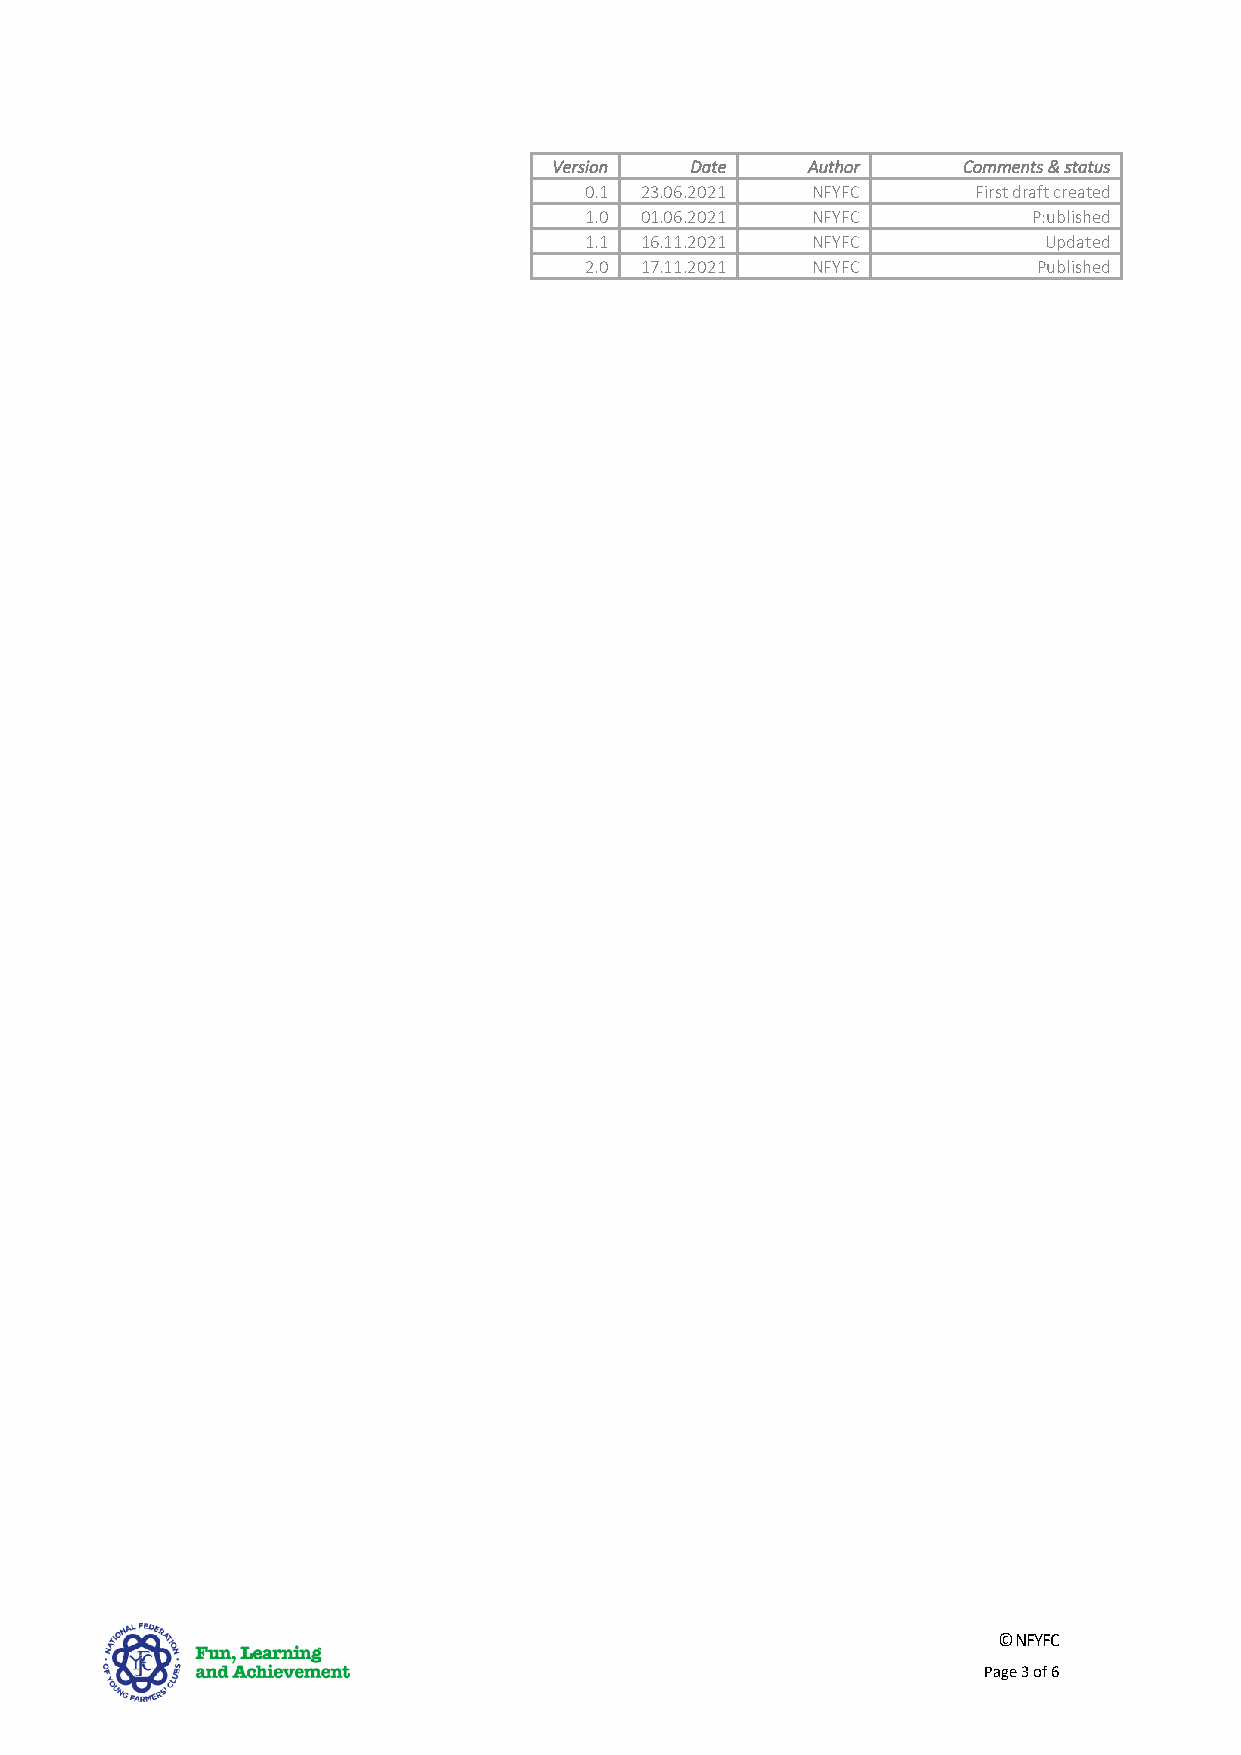
Version  Date   Author     Comments & status
 0.1 23.06.2021 NFYFC      First draft created
 1.0 01.06.2021 NFYFC         P:ublished
 1.1 16.11.2021 NFYFC          Updated
 2.0 17.11.2021 NFYFC          Published
 © NFYFC
 Page 3 of 6